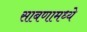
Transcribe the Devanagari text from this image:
साबणामध्ये